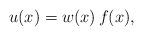
LaTeX: \begin{align*} u(x) = w(x)\, f(x), \end{align*}